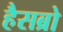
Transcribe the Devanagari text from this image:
हैसब्रो